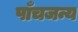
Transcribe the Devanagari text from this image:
पाँचजन्य